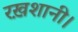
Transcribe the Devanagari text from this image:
रख़शानी।